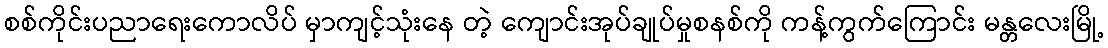
စစ်ကိုင်းပညာရေးကောလိပ် မှာကျင့်သုံးနေ တဲ့ ကျောင်းအုပ်ချုပ်မှုစနစ်ကို ကန့်ကွက်ကြောင်း မန္တလေးမြို့